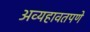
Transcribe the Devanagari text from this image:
अव्यहावतपणे